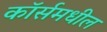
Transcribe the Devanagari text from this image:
कॉर्समधील